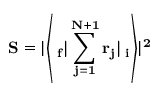
{ \bf S = \lvert \left\langle { \mit \Psi } _ { f } \vert \sum _ { j = 1 } ^ { N + 1 } r _ { j } \vert { \mit \Psi } _ { i } \right\rangle \rvert ^ { 2 } }